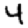
Digit: 4